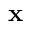
\mathbf { x }